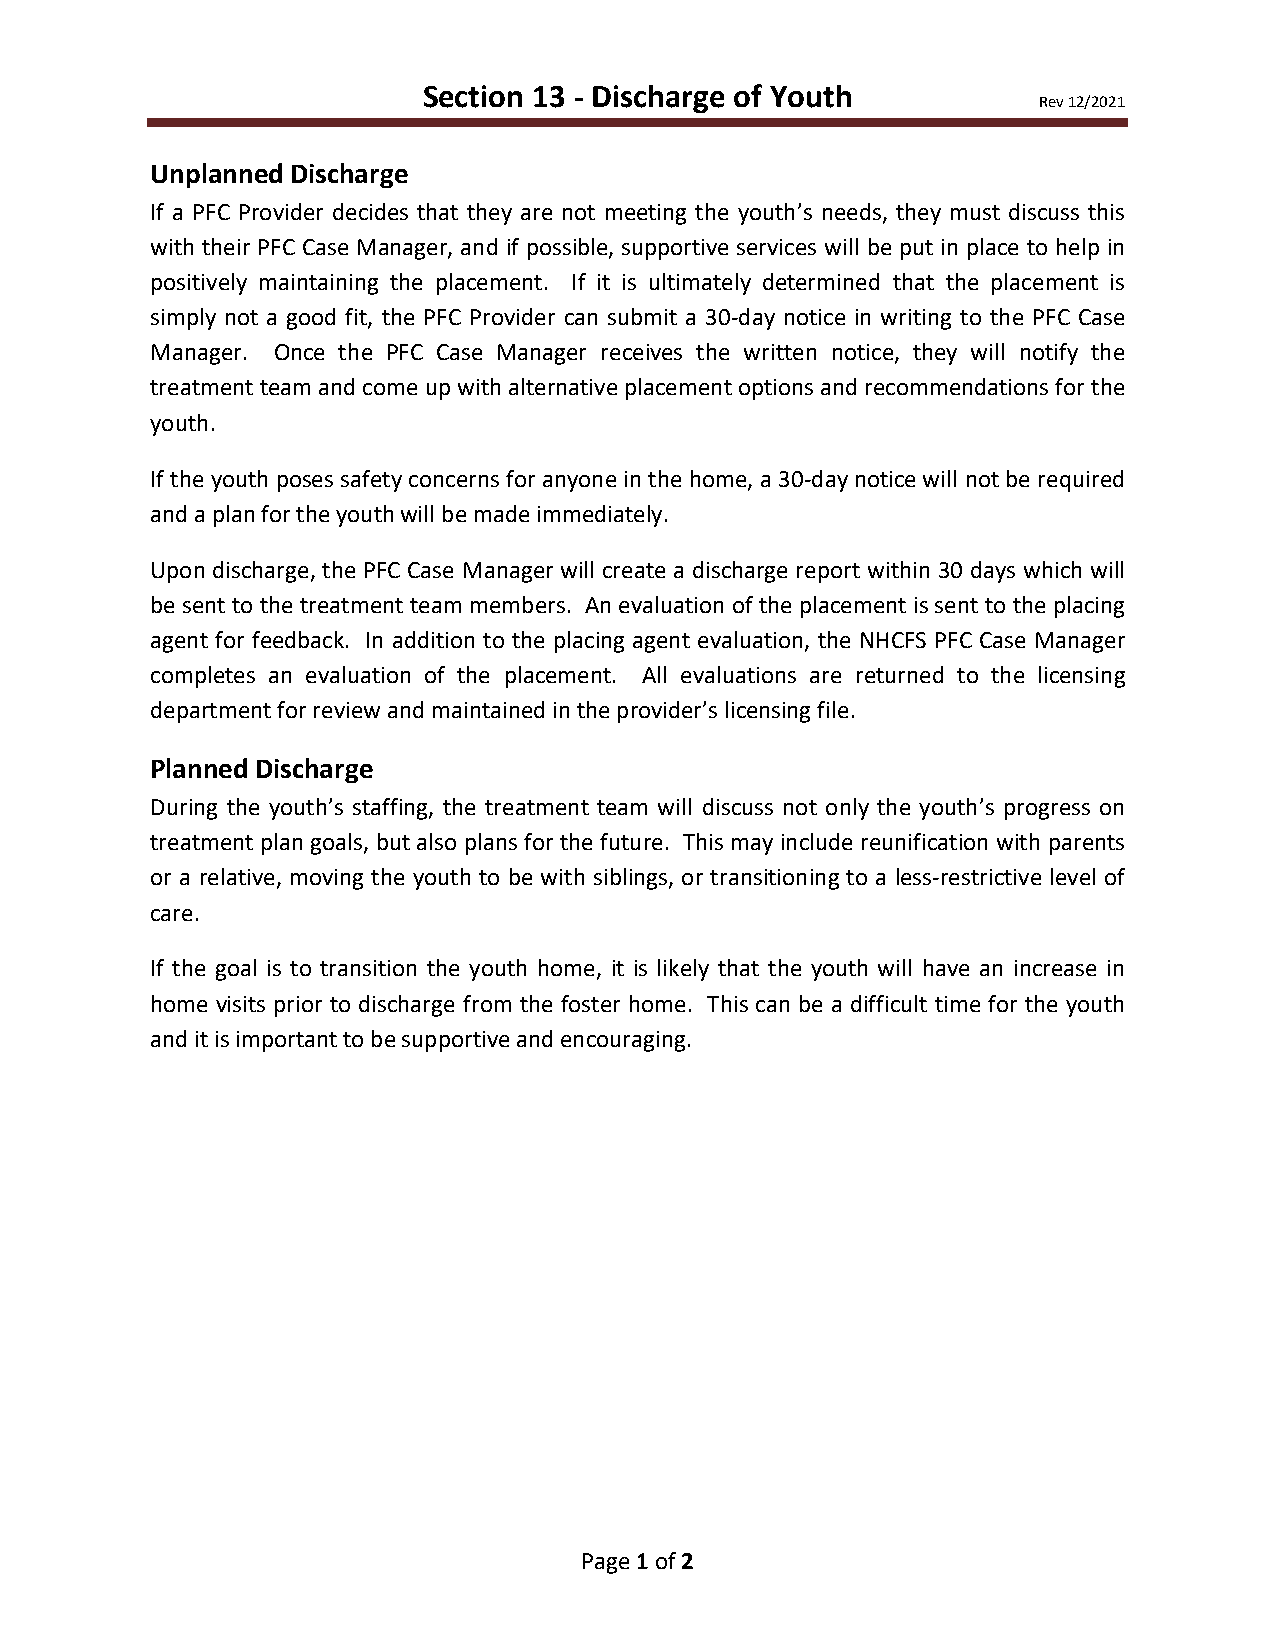
Section 13 - Discharge of Youth
 Rev 12/2021
 Unplanned Discharge
 If a PFC Provider decides that they are not meeting the youth’s needs, they must discuss this
 with their PFC Case Manager, and if possible, supportive services will be put in place to help in
 positively maintaining the placement. If it is ultimately determined that the placement is
 simply not a good fit, the PFC Provider can submit a 30-day notice in writing to the PFC Case
 Manager. Once the PFC Case Manager receives the written notice, they will notify the
 treatment team and come up with alternative placement options and recommendations for the
 youth.
 If the youth poses safety concerns for anyone in the home, a 30-day notice will not be required
 and a plan for the youth will be made immediately.
 Upon discharge, the PFC Case Manager will create a discharge report within 30 days which will
 be sent to the treatment team members. An evaluation of the placement is sent to the placing
 agent for feedback. In addition to the placing agent evaluation, the NHCFS PFC Case Manager
 completes an evaluation of the placement. All evaluations are returned to the licensing
 department for review and maintained in the provider’s licensing file.
 Planned Discharge
 During the youth’s staffing, the treatment team will discuss not only the youth’s progress on
 treatment plan goals, but also plans for the future. This may include reunification with parents
 or a relative, moving the youth to be with siblings, or transitioning to a less-restrictive level of
 care.
 If the goal is to transition the youth home, it is likely that the youth will have an increase in
 home visits prior to discharge from the foster home. This can be a difficult time for the youth
 and it is important to be supportive and encouraging.
 Page 1 of 2